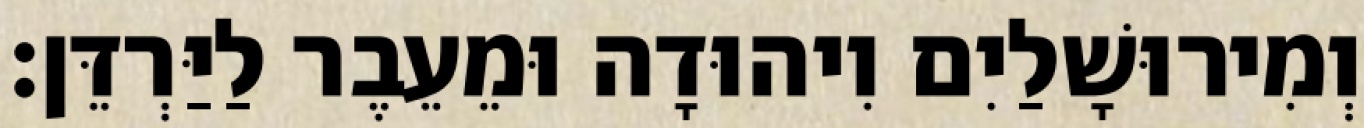
וְמִירוּשָׁלַיִם וִיהוּדָה וּמֵעֵבֶר לַיַּרְדֵּן׃